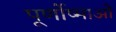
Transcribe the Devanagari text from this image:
पूर्णोष्माओं